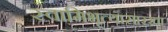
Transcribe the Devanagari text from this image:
स्वामिभृत्यासारखा